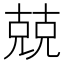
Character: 兢